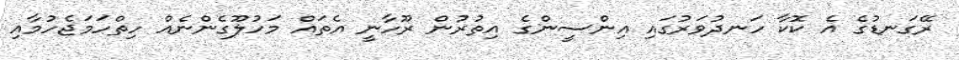
ރޭގަނޑުގެ އެ ކޮކާ ހަނދުވަރުގައި އިންސީންގެ އިތުރުން ރޫހާނީ އެތައް މަހުލޫގެންނެއް ހިތްހަމަޖެހުމާއި